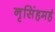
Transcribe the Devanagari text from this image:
नृसिंहमहं